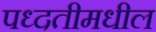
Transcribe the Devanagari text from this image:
पध्दतीमधील